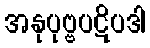
အနုပုဗ္ဗပဋိပဒါ